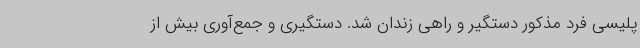
پلیسی فرد مذکور دستگیر و راهی زندان شد. دستگیری و جمع‌آوری بیش از